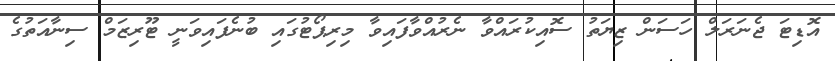
އޮޑިޓަ ޖެނަރަލް ހަސަން ޒިޔަތު ސޮއިކުރައްވާ ނެރުއްވާފައިވާ މިރިޕޯޓުގައި ބުނެފައިވަނީ ޓޫރިޒަމް ސިނާއަތުގެ